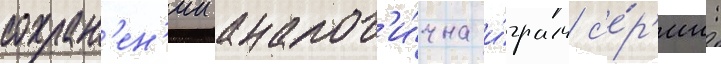
сохран'ен'ии аналог'и́чна и́грам с'е́р'ии: